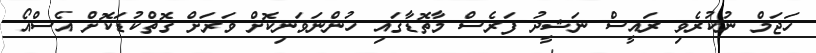
ހަޖަމް ނުކުރެވި ރައީސް ނަޝީދު ފަރެސް މާތޮޑާގައި ހުންނަވަނިކޮށް ވަރަށް ގޮތްކުޑަކޮށް އެސްއޯ